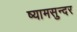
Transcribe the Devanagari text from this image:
ष्यामसुन्दर